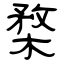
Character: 楘